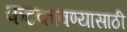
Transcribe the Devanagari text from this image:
फटकावण्यासाठी